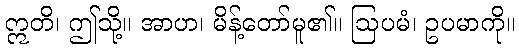
ဣတိ၊ ဤသို့။ အာဟ၊ မိန့်တော်မူ၏။ ဩပမံ၊ ဥပမာကို။